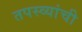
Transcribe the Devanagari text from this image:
तपस्व्यांची